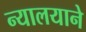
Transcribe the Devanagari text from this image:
न्यालयाने